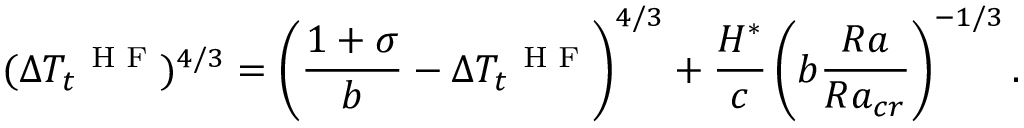
( \Delta T _ { t } ^ { \mathrm { ~ \scriptsize ~ H ~ F ~ } } ) ^ { 4 / 3 } = \left( \frac { 1 + \sigma } { b } - \Delta T _ { t } ^ { \mathrm { ~ \scriptsize ~ H ~ F ~ } } \right) ^ { 4 / 3 } + \frac { H ^ { * } } { c } \left( b \frac { R a } { R a _ { c r } } \right) ^ { - 1 / 3 } .